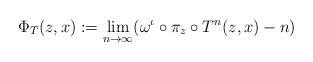
LaTeX: \begin{align*}\Phi_{T}(z,x) := \lim_{n\rightarrow\infty}( \omega^\iota \circ \pi_z \circ T^n(z,x) - n)\end{align*}